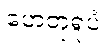
ဟေတုရူပံ